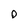
Character: 0